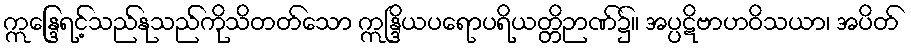
ဣန္ဒြေရင့်သည်နုသည်ကိုသိတတ်သော ဣန္ဒြိယပရောပရိယတ္တိဉာဏ်၌။ အပ္ပဋိဗာဟဝိသယာ၊ အပိတ်